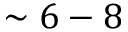
\sim 6 - 8